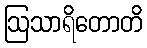
ဩသာရိတောတိ